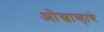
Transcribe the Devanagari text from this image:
ओस्त्राव्हाचे